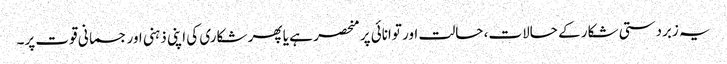
یہ زبردستی شکار کے حالات، حالت اور توانائی پر منحصر ہے یا پھر شکاری کی اپنی ذہنی اور جسمانی قوت پر۔